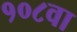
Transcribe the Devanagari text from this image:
१०८वा